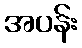
အပန်း